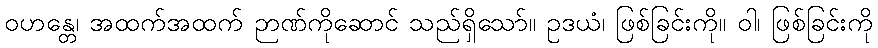
ဝဟန္တေ၊ အထက်အထက် ဉာဏ်ကိုဆောင် သည်ရှိသော်။ ဥဒယံ၊ ဖြစ်ခြင်းကို။ ဝါ၊ ဖြစ်ခြင်းကို